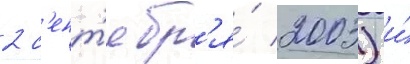
2 с'ент'ябр'я́ 2003) и́